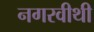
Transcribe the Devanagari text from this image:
नगरवीथी